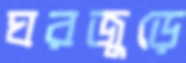
ঘরজুড়ে